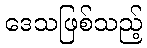
ဒေသဖြစ်သည့်